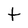
Character: t